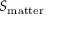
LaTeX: S _ { \mathrm { m a t t e r } }